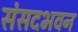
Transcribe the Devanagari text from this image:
संसदभवन